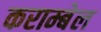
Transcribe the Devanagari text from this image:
कराम्बेल